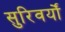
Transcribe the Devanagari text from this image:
सुरिवर्यों